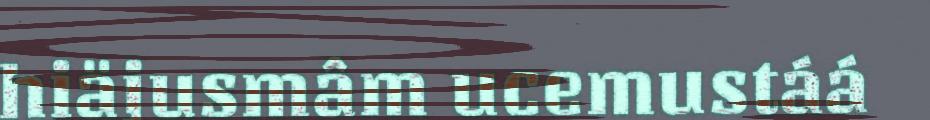
hiäjusmâm ucemustáá